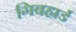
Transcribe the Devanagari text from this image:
गिबहार्ड